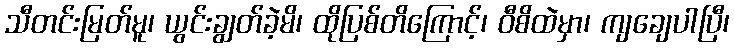
သီတင်းမြတ်မူ၊ ယွင်းချွတ်ခဲ့မိ၊ ထိုပြစ်တိကြောင့်၊ ဝီစိထဲမှာ၊ ကျချေပါပြီ၊